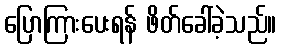
ပြောကြားပေးရန် ဖိတ်ခေါ်ခဲ့သည်။